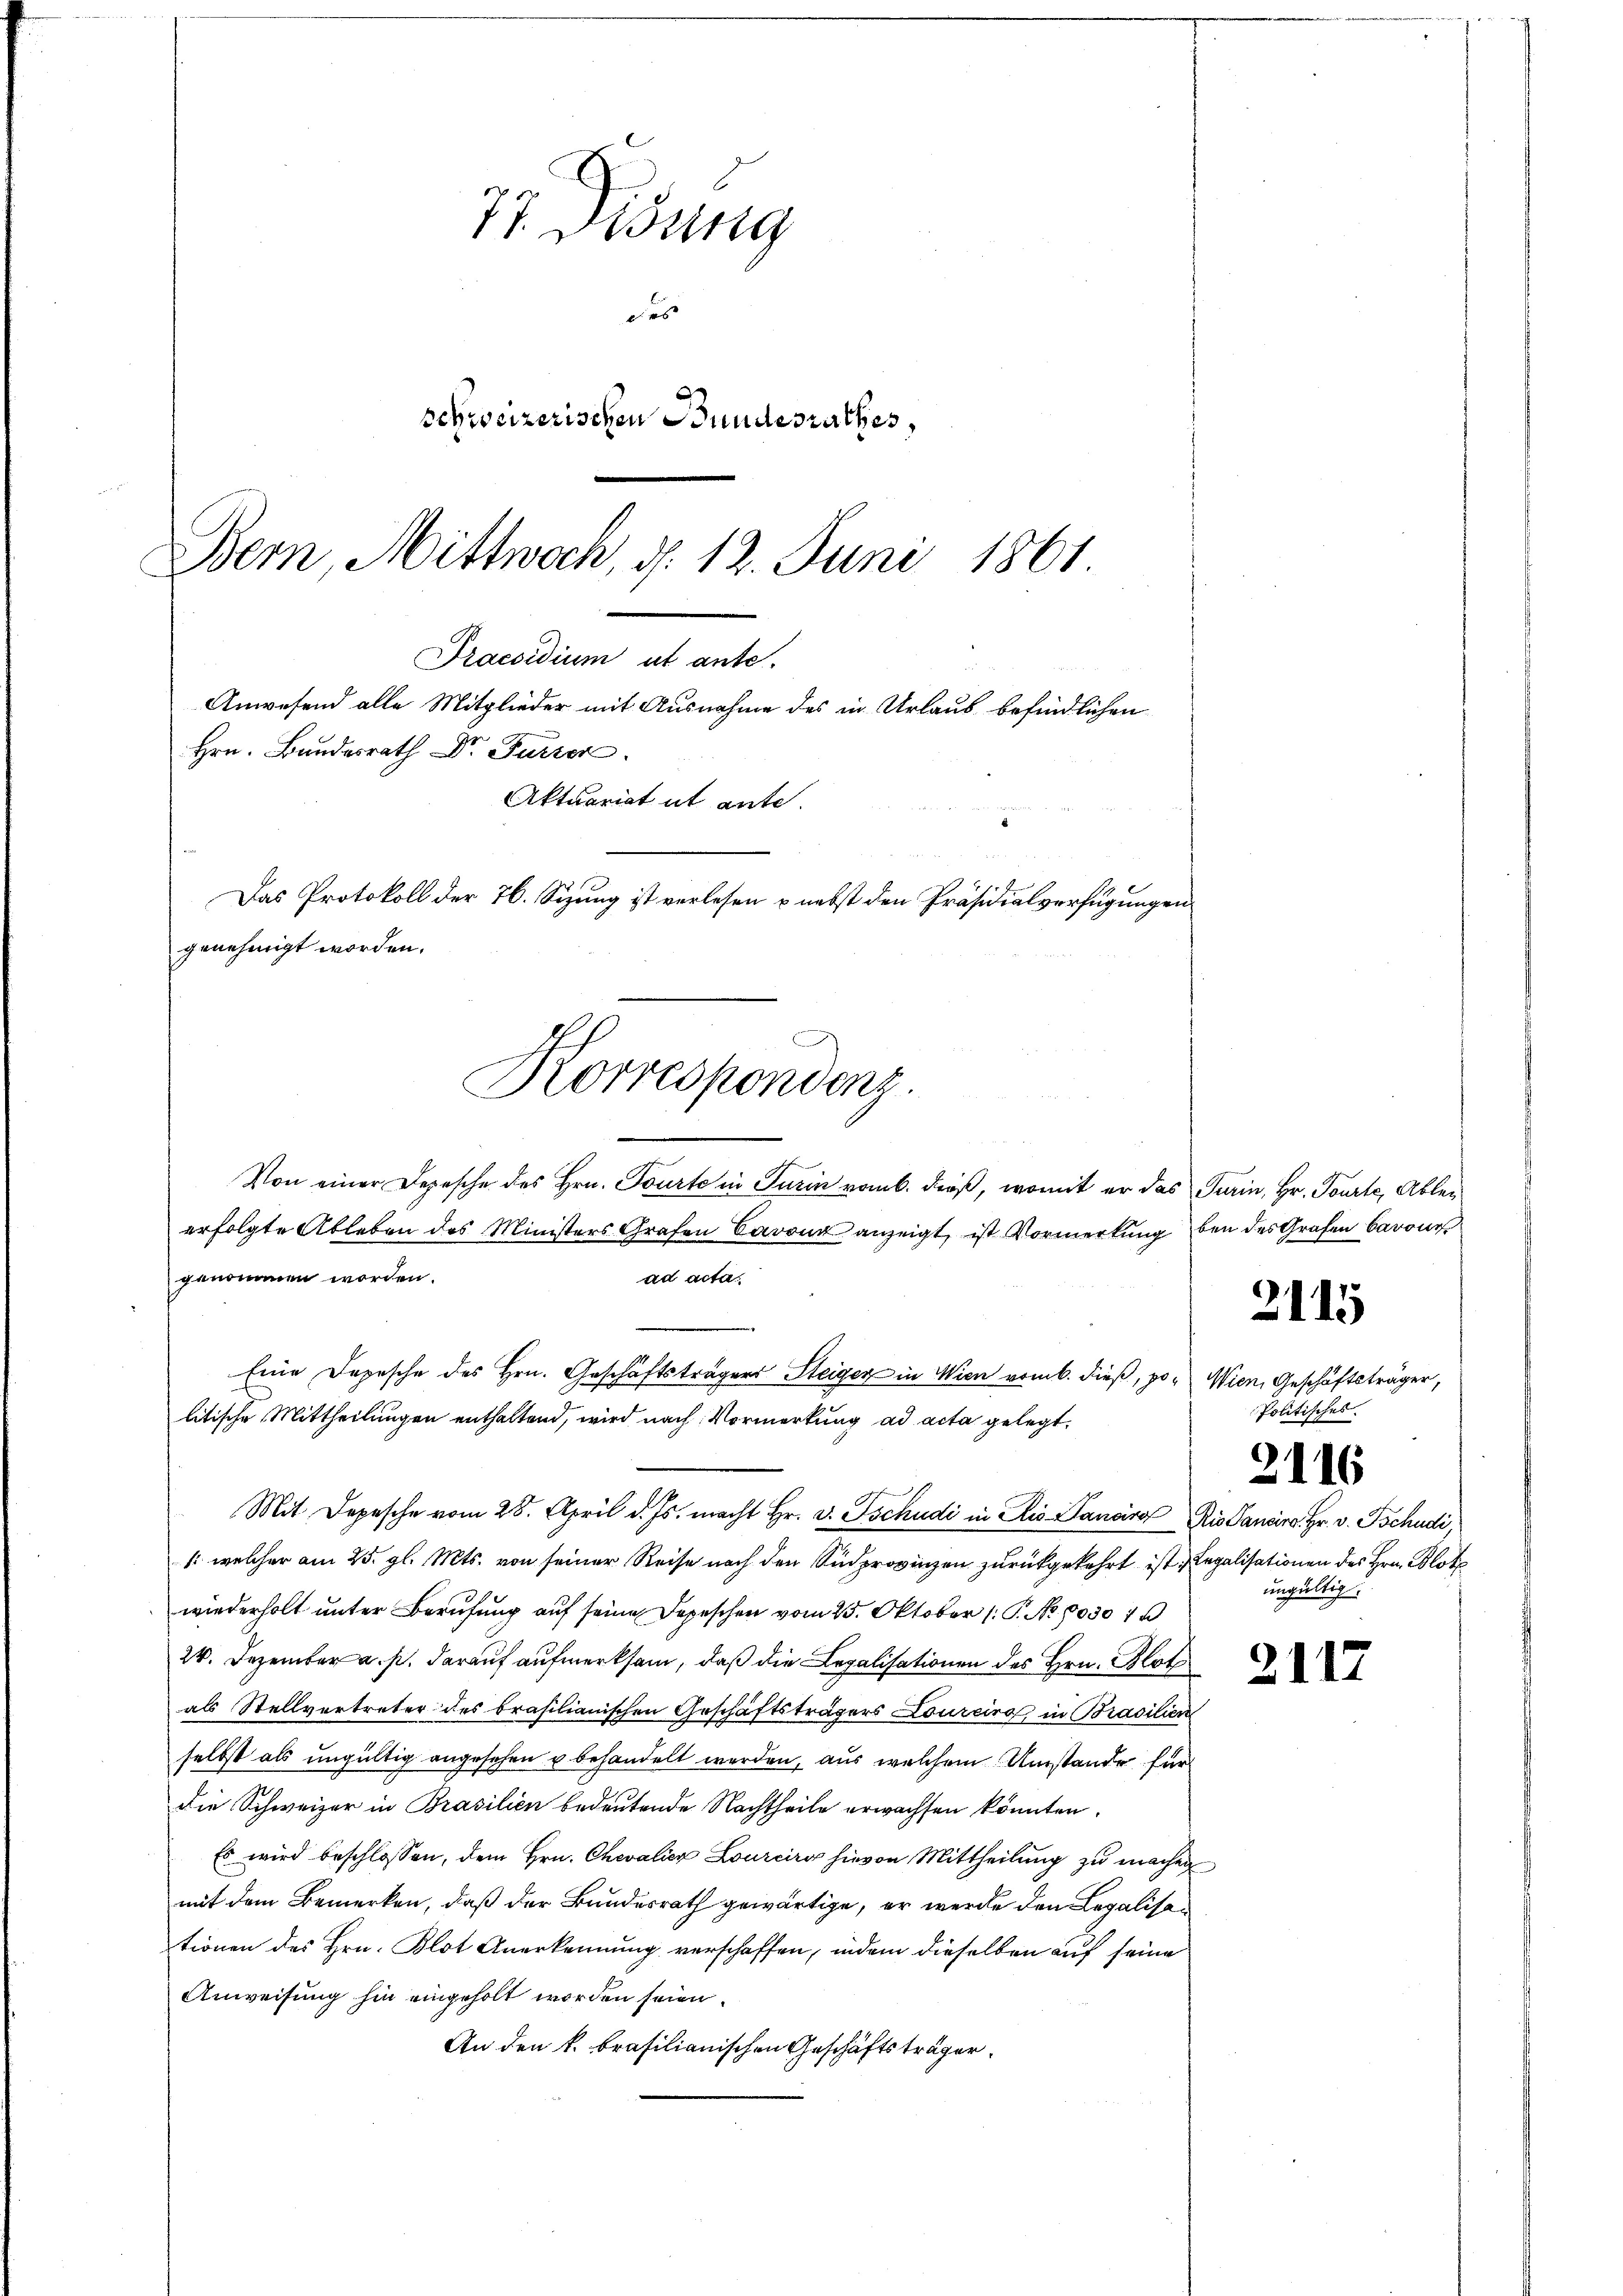
71. Disung
des
schweizerischen Bundesrathes,
Bern, Mittwoch, d. 12. Juni 1861
Praesidium ut ante.
Anwesend alle Mitglieder mit Ausnahme des in Urlaub befindlichen
Hrn. Bundesrath Dr. Furrer.
Aktuariat it ente.
Das Protokoll der 76. Sizung ist verlesen & nebst den Präsidialverfügungen
genehmigt worden.

Von einer Depesche des Hrn. Tourto in Turin vom 6. dieß, womit er das Turin, Hr. Tourte, Ablen
erfolgte Ableben des Ministers Grafen Cavon anzeigt, ist Vormerkung
/: welcher am 25. gl. Mts. von seiner Reise nach den Südprovinzen zurückgekehrt ist, Legalisationen des Hrn. Blot
wiederholt unter Berufung auf seine Depeschen vom 25. Oktober (: P. No. 1030 7
24. Dezember a. p. darauf aufmerksam, daß die Legalisationen des Hrn. Glat
als Stellvertreter des brasilianischen Geschäftsträgers Loureiro in Brasilier
selbst als ungültig angesehen u behandelt werden, aus welchem Umstande für
die Schweizer in Brasilien bedeutende Nachtheile erwachsen könnten.
Es wird beschlossen, dem Hrn. Chevalier Lourcir hievon Mittheilung zu mache
mit dem Bemerken, daß der Bundesrath gewärtige, er werde den Legalisationen des Hrn. Blot Anerkennung verschaffen, indem dieselben auf seine
Anweisung hin eingeholt worden seien.
An den k. brasilianischen Geschäftsträger

genommen worden.
ad acta
Eine Depesche des Hrn. Geschäftsträgers Steiger in Wien vom 6. dieß, politische Mittheilungen enthaltend, wird nach Vormerkung ad acta gelegt.
Mit Depesche vom 28. April d. Js. macht Hr. v. Tschudi in Ais Pancra Ris Pansire. Hr. v. Tschudi

Korrespondenz.

ben des Grafen Barons

Wien

2115

21.

Geschäftsträger,
tisches.

2116
ungültig.

f